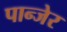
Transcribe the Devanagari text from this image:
पान्जेर